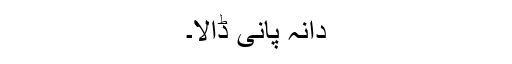
دانہ پانی ڈالا۔